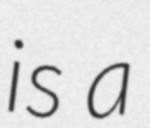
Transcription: is a